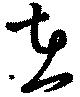
在